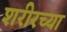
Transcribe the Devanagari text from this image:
शरीरच्या